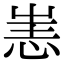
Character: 𢙌